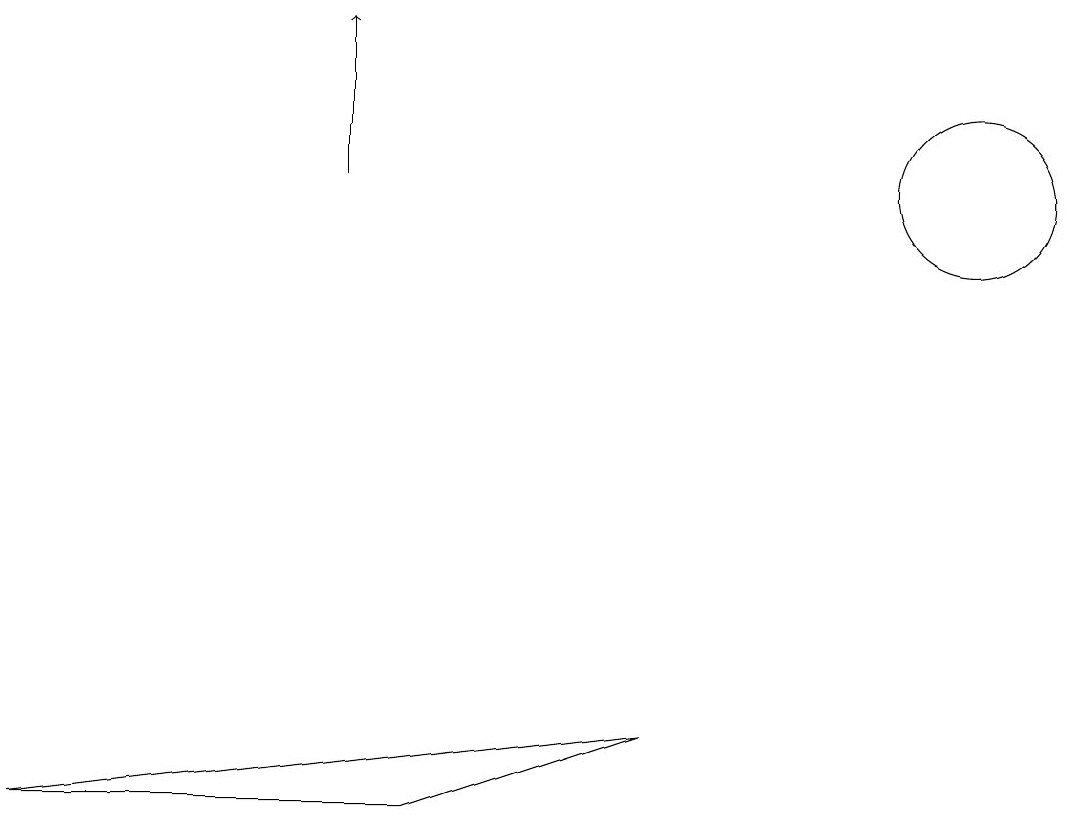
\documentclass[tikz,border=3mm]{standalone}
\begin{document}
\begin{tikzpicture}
\draw (12,11) circle (1);
\draw (5,3) -- (8,4) -- (0,3) -- cycle;
\draw[->] (4,11) -- (4,13);
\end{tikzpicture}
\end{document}